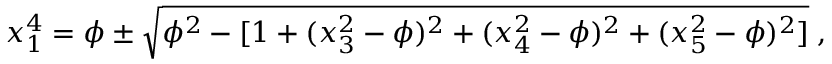
x _ { 1 } ^ { 4 } = \phi \pm \sqrt { \phi ^ { 2 } - [ 1 + ( x _ { 3 } ^ { 2 } - \phi ) ^ { 2 } + ( x _ { 4 } ^ { 2 } - \phi ) ^ { 2 } + ( x _ { 5 } ^ { 2 } - \phi ) ^ { 2 } ] } \; ,